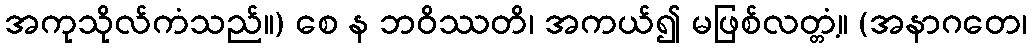
အကုသိုလ်ကံသည်။) စေ န ဘဝိဿတိ၊ အကယ်၍ မဖြစ်လတ္တံ့။ (အနာဂတေ၊